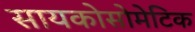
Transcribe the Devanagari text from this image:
सायकोसोमेटिक